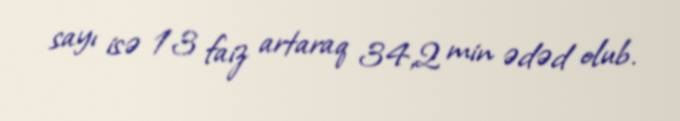
sayı isə 13 faiz artaraq 34,2 min ədəd olub.